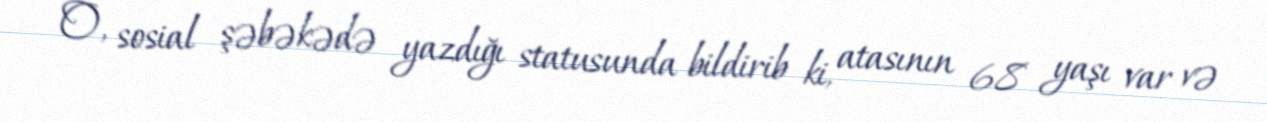
O, sosial şəbəkədə yazdığı statusunda bildirib ki, atasının 68 yaşı var və